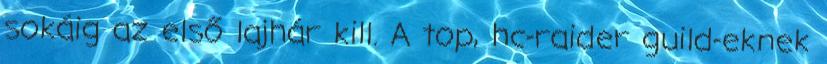
sokáig az első lajhár kill. A top, hc-raider guild-eknek